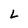
Character: L